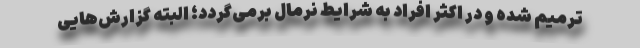
ترمیم شده و در اکثر افراد به شرایط نرمال برمی‌گردد؛ البته گزارش‌هایی